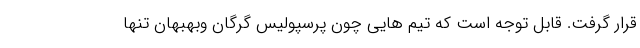
قرار گرفت. قابل توجه است که تیم هایی چون پرسپولیس گرگان و‌بهبهان تنها